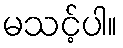
မသင့်ပါ။